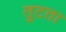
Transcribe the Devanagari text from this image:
तुटता